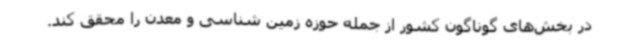
در بخش‌های گوناگون کشور از جمله حوزه زمین شناسی و معدن را محقق کند.